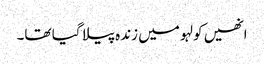
انھیں کولہو میں زندہ پیلا گیا تھا۔